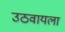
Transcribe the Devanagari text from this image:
उठवायला